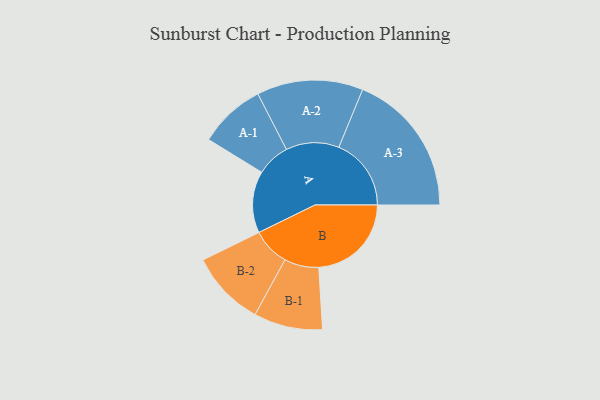
{"axis": {"x": "Segment", "y": "Value"}, "legend": ["", "A", "B"], "data": [{"x": "A", "y": 244, "type": ""}, {"x": "B", "y": 366, "type": ""}, {"x": "A-1", "y": 132, "type": "A"}, {"x": "A-2", "y": 210, "type": "A"}, {"x": "A-3", "y": 286, "type": "A"}, {"x": "B-1", "y": 136, "type": "B"}, {"x": "B-2", "y": 149, "type": "B"}]}